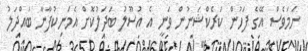
ނަމަވެސް އޭގެ ފަހުން ކަރެކްޝަނުން ވަނީ އެ އުސޫލު ބަދަލުކޮށް އެމަނިކުފާނާ ބައްދަލު